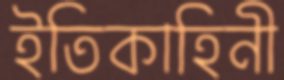
ইতিকাহিনী